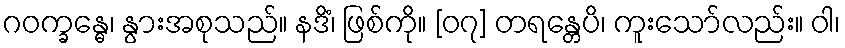
ဂဝက္ခန္ဓေ၊ နွားအစုသည်။ နဒိံ၊ ဖြစ်ကို။ [၀၇] တရန္တေပိ၊ ကူးသော်လည်း။ ဝါ၊